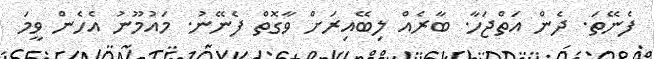
ފެނޭތަ. ދެން އަތްޖަހާ. ބާރެއް ލިބޭއިރަށް ވާގޮތް ފެނޭނު. މައުމޫނު އެހެން ވީމަ